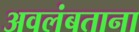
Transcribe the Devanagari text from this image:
अवलंबताना